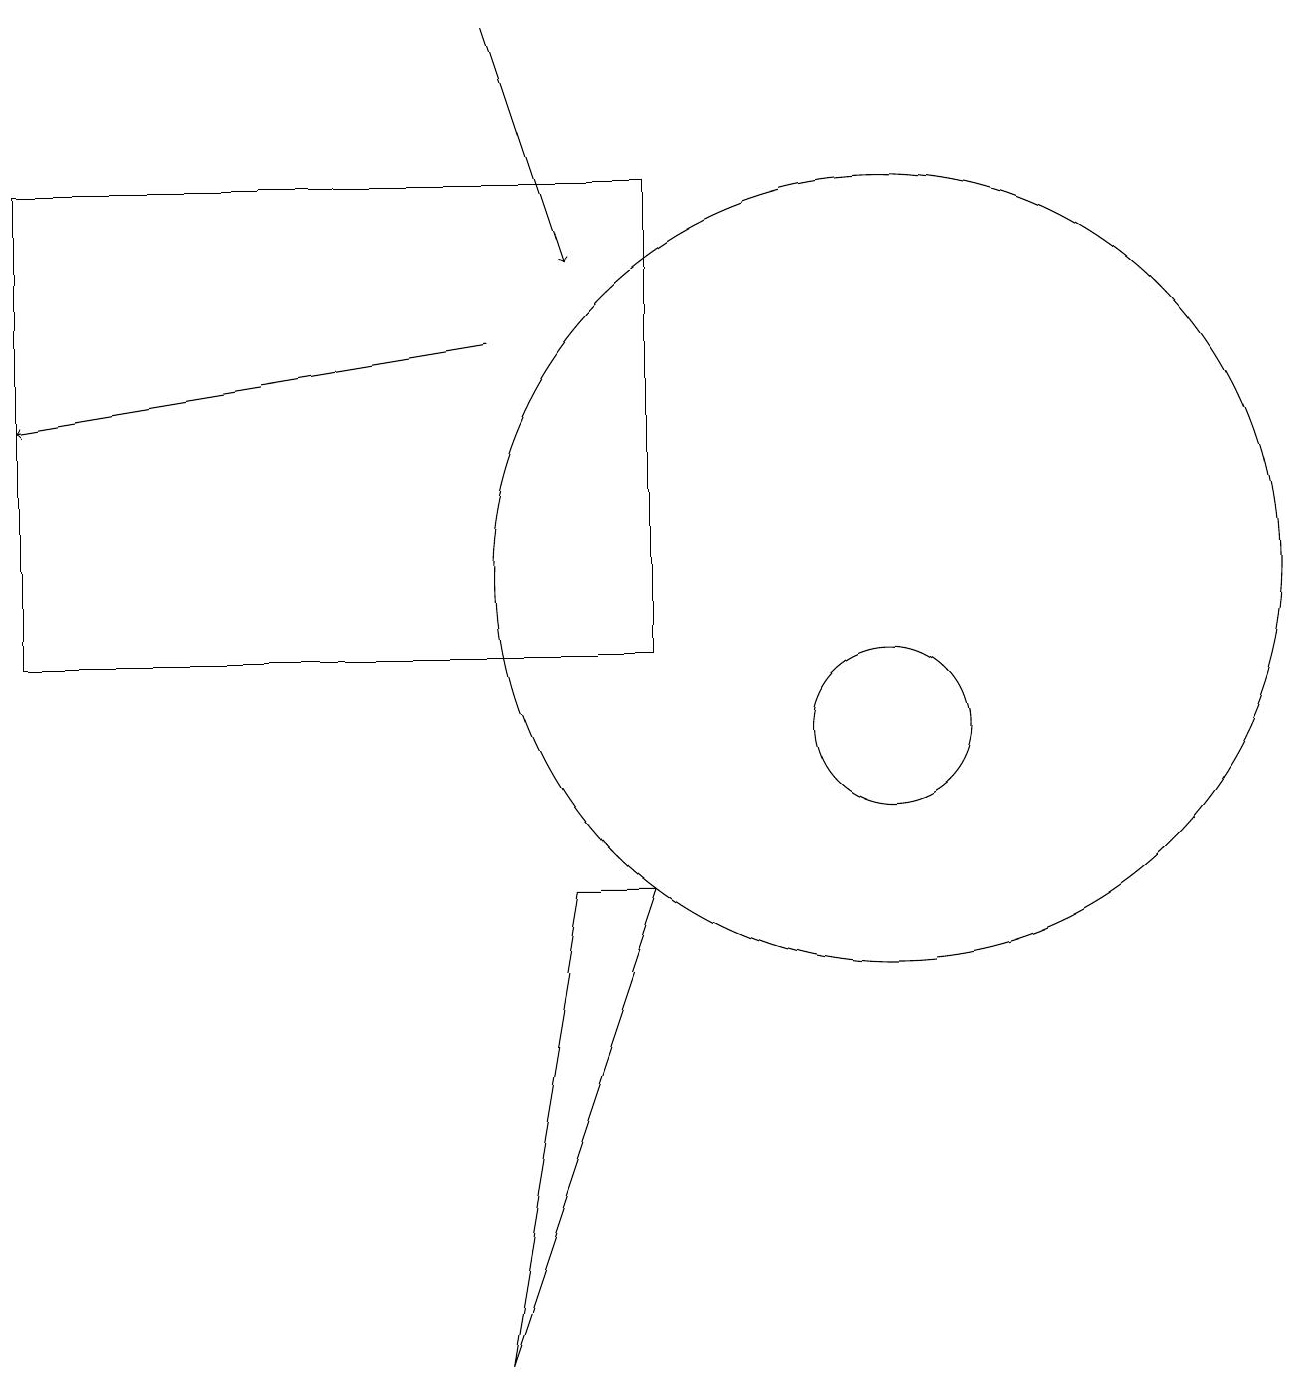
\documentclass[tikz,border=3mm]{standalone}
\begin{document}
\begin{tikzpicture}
\draw (8,8) -- (7,8) -- (6,2) -- cycle;
\draw (11,12) circle (5);
\draw (11,10) circle (1);
\draw[->] (6,19) -- (7,16);
\draw[->] (6,15) -- (0,14);
\draw (0,17) rectangle (8,11);
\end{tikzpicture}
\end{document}